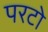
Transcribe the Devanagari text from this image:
परटो